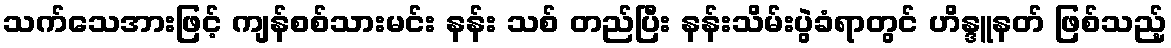
သက်သေအားဖြင့် ကျန်စစ်သားမင်း နန်း သစ် တည်ပြီး နန်းသိမ်းပွဲခံရာတွင် ဟိန္ဒူနတ် ဖြစ်သည့်